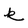
Character: k